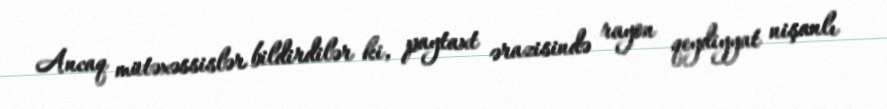
Ancaq mütəxəssislər bildirdilər ki, paytaxt ərazisində rayon qeydiyyat nişanlı